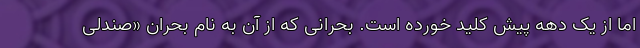
اما از یک دهه پیش کلید خورده است. بحرانی که از آن به نام بحران «صندلی